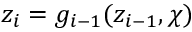
z _ { i } = g _ { i - 1 } ( z _ { i - 1 } , \chi )